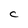
Character: C